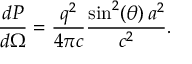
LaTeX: { \frac { d P } { d \Omega } } = { \frac { q ^ { 2 } } { 4 \pi c } } { \frac { \sin ^ { 2 } ( \theta ) \, a ^ { 2 } } { c ^ { 2 } } } .